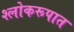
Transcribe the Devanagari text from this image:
श्लोकरूपात